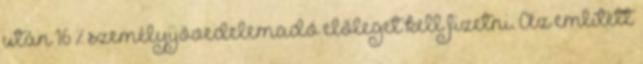
után 16 % személyijövedelemadó előleget kell fizetni. Az említett